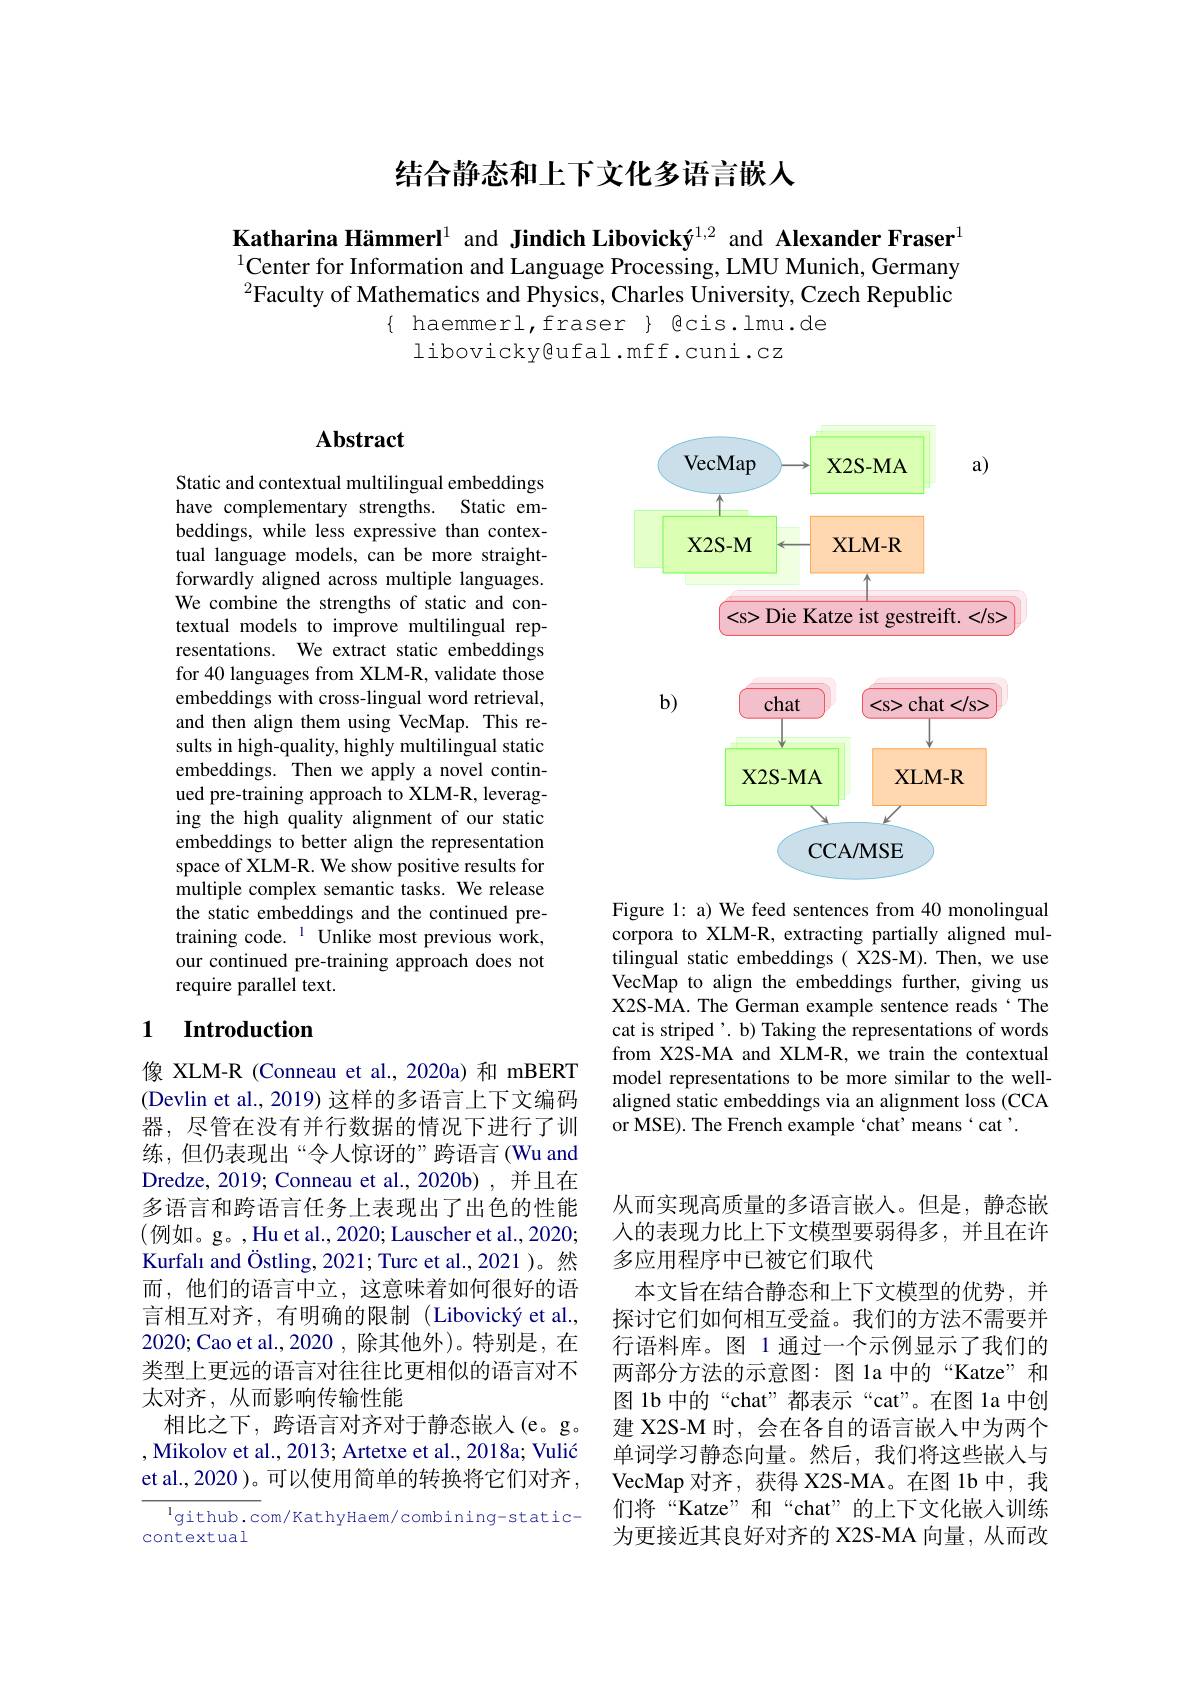
结合静态和上下文化多语言嵌人

Katharina Hämmerl$^{1}$ and Jindich Libovický$^{1,2}$ and Alexander Fraser$^{1}$ $^{1}$Center for Information and Language Processing, LMU Munich, Germany $^{2}$Faculty of Mathematics and Physics, Charles University, Czech Republic
$\{$ haemmerl,fraser $\}$ gcis.lmu.de
libovicky@ufal.mff.cuni.cz

## $\mathbf{Abstract}$

<FigureHere>

Figure 1: a) We feed sentences from 40 monolingual

Static and contextual multilingual embeddings have complementary strengths. Static embeddings, while less expressive than contextual language models, can be more straightforwardly aligned across multiple languages. We combine the strengths of static and contextual models to improve multilingual representations. We extract static embeddings for 40 languages from XLM-R, validate those embeddings with cross-lingual word retrieval, and then align them using VecMap. This results in high-quality, highly multilingual static embeddings. Then we apply a novel continued pre-training approach to XLM-R, leveraging the high quality alignment of our static embeddings to better align the representation space of XLM-R. We show positive results for multiple complex semantic tasks. We release the static embeddings and the continued pretraining code. $^{1}$ Unlike most previous work, our continued pre-training approach does not require parallel text.

corpora to XLM-R, extracting partially aligned multilingual static embeddings( X2S-M). Then, we use VecMap to align the embeddings further, giving us X2S-MA. The German example sentence reads‘The cat is striped'. b) Taking the representations of words from X2S-MA and XLM-R, we train the contextual model representations to be more similar to the wellaligned static embeddings via an alignment loss (CCA or MSE). The French example `chat' means`cat'.

## 1 $\textbf{Introduction}$

像 XLM-R (Conneau et al.,2020a)和 mBERT (Devlin et al., 2019) 这样的多语言上下文编码器，尽管在没有并行数据的情况下进行了训练，但仍表现出“令人惊讶的”跨语言(Wu and Dredze, 2019; Conneau et al., 2020b) , 并且在多语言和跨语言任务上表现出了出色的性能(例如。g。,Hu et al., 2020; Lauscher et al., 2020; Kurfalı and Östling, 2021; Turc et al., 2021 )。然而，他们的语言中立，这意味着如何很好的语言相互对齐，有明确的限制(Libovický et al., 2020;Cao et al.,2020 ,除其他外)。特别是，在类型上更远的语言对往往比更相似的语言对不太对齐，从而影响传输性能
相比之下，跨语言对齐对于静态嵌入(e。g。, Mikolov et al., 2013; Artetxe et al., 2018a; Vulić et al., 2020 )。可以使用简单的转换将它们对齐，

从而实现高质量的多语言嵌入。但是，静态嵌人的表现力比上下文模型要弱得多，并且在许多应用程序中已被它们取代
本文旨在结合静态和上下文模型的优势，并探讨它们如何相互受益。我们的方法不需要并行语料库。图 1 通过一个示例显示了我们的两部分方法的示意图：图 la 中的“Katze”和图 1b 中的“chat”都表示“cat”。在图 la 中创建 X2S-M 时，会在各自的语言嵌入中为两个单词学习静态向量。然后，我们将这些嵌入与VecMap 对齐，获得 X2S-MA。在图 1b 中，我们将“Katze”和“chat”的上下文化嵌入训练为更接近其良好对齐的 X2S-MA 向量，从而改

$^{1}$github.com/KathyHaem/combining-static-
contextual